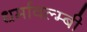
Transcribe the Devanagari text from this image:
धर्मावल्म्बी